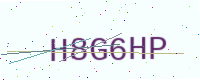
Text: H8G6HP